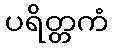
ပရိတ္တကံ